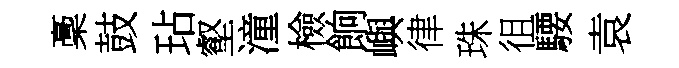
稾鼓玷壑潼檢餉嶼律珠徂騕袁